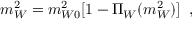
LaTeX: m _ { W } ^ { 2 } = m _ { W 0 } ^ { 2 } [ 1 - \Pi _ { W } ( m _ { W } ^ { 2 } ) ] \; \; ,